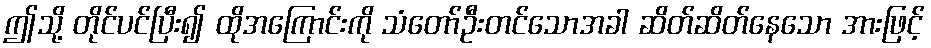
ဤသို့ တိုင်ပင်ပြီး၍ ထိုအကြောင်းကို သံတော်ဦးတင်သောအခါ ဆိတ်ဆိတ်နေသော အားဖြင့်